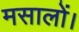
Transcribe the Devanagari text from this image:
मसालों।